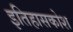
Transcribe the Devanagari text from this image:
इतिहासकोश